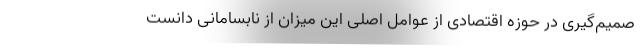
صمیم‌گیری در حوزه اقتصادی از عوامل اصلی این میزان از نابسامانی دانست